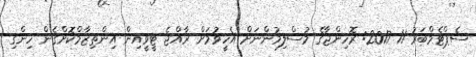
ސެޕްޓެމްބަރު 11 2017: ރޮހިންޖާގެ މުސްލިމުންނަށް އެހީވުމަށް ރާއްޖެ ޓީވީއިން އިންތިޒާމްކޮށްގެން ހިންގި